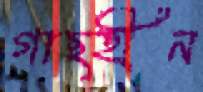
গাছহীন